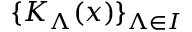
\{ K _ { \Lambda } ( x ) \} _ { { \Lambda } \in { \cal { I } } }